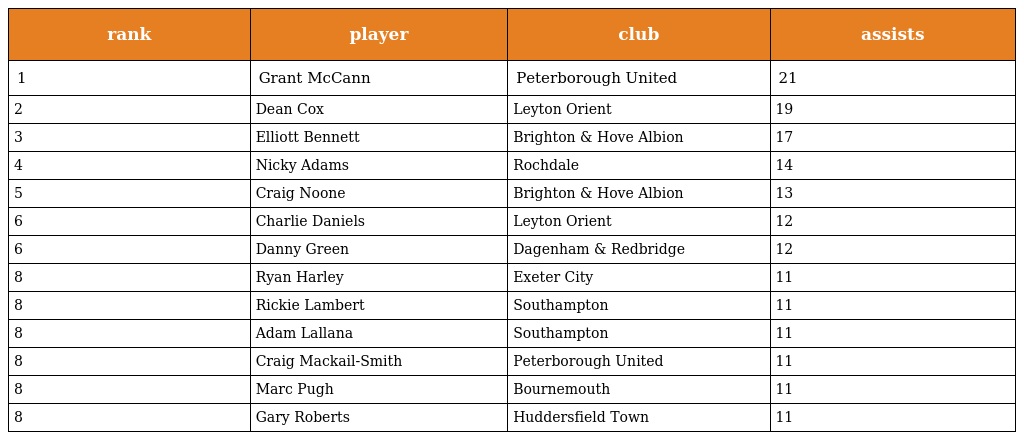
| rank | player | club | assists |
 | --- | --- | --- | --- |
 | 1 | Grant McCann | Peterborough United | 21 |
 | 2 | Dean Cox | Leyton Orient | 19 |
 | 3 | Elliott Bennett | Brighton & Hove Albion | 17 |
 | 4 | Nicky Adams | Rochdale | 14 |
 | 5 | Craig Noone | Brighton & Hove Albion | 13 |
 | 6 | Charlie Daniels | Leyton Orient | 12 |
 | 6 | Danny Green | Dagenham & Redbridge | 12 |
 | 8 | Ryan Harley | Exeter City | 11 |
 | 8 | Rickie Lambert | Southampton | 11 |
 | 8 | Adam Lallana | Southampton | 11 |
 | 8 | Craig Mackail-Smith | Peterborough United | 11 |
 | 8 | Marc Pugh | Bournemouth | 11 |
 | 8 | Gary Roberts | Huddersfield Town | 11 |